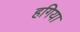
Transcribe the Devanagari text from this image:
हगिया